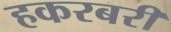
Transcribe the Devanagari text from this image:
हकरबरी